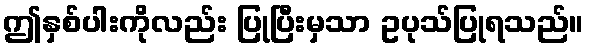
ဤနှစ်ပါးကိုလည်း ပြုပြီးမှသာ ဥပုသ်ပြုရသည်။